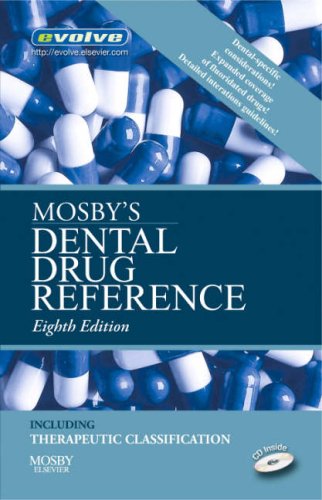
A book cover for Mosby's Dental Drug Reference, 8e (Mosby's Dental Drug Consult); Mosby; Medical Books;